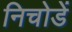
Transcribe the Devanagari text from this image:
निचोडें